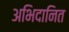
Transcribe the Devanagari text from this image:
अभिदानित